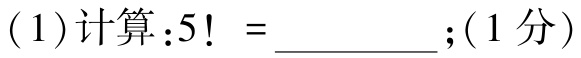
\((1)计算:5! = \_\_\_\_\_\_;(1分)\)